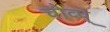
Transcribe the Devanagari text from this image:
चोव्प्